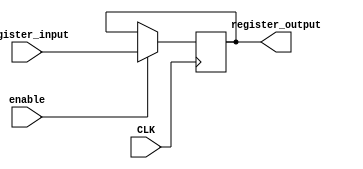
module Register
(
    input CLK,
    input enable,
    input [31 : 0] register_input,
    
    output reg [31 : 0] register_output
);
    always @(negedge CLK)
    begin
        if(enable)
            register_output <= register_input;
    end
    
endmodule